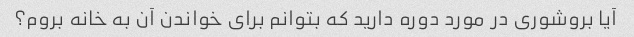
آیا بروشوری در مورد دوره دارید که بتوانم برای خواندن آن به خانه بروم؟